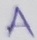
Text: A